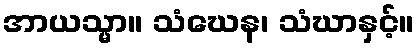
အာယသ္မာ။ သံဃေန၊ သံဃာနှင့်။